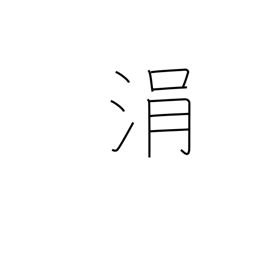
Meaning: drop